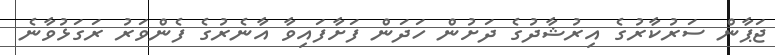
ޖަޕާން ސަރުކާރުގެ އިރުޝާދުގެ ދަށުން ހަދަން ފަށާފައިވާ އާނެރުގެ ފެންވަރު ރަގަޅުވާނެ